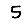
Digit: 5